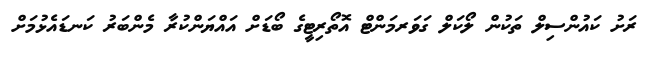
ރަށު ކައުންސިލް ތަކުން ލޯކަލް ގަވަރމަންޓް އޮތޯރިޓީގެ ބޯޑަށް އައްޔަންކުރާ މެންބަރު ކަނޑައެޅުމަށް